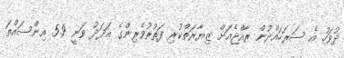
ދުވަހު އެ ސަރަހައްދުން ރާއްޖެއަށް ޒިޔާރަތްކުރި ފަތުރުވެރިންގެ އަދަދު ވަނީ 5.9 އިންސައްތަ